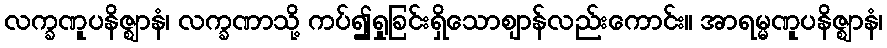
လက္ခဏူပနိဇ္ဈာနံ၊ လက္ခဏာသို့ ကပ်၍ရှုခြင်းရှိသောဈာန်လည်းကောင်း။ အာရမ္မဏူပနိဇ္ဈာနံ၊